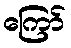
ကြော်